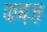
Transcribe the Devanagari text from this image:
क़ब्ज़